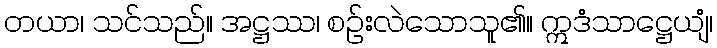
တယာ၊ သင်သည်။ အဋ္ဌဿ၊ စဉ်းလဲသောသူ၏။ ဣဒံသာဋ္ဌေယျံ၊